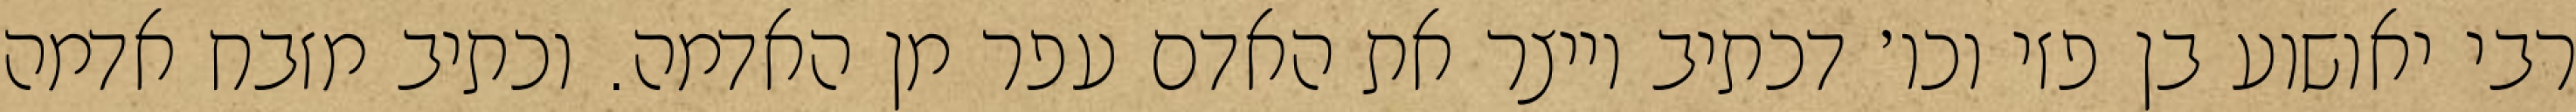
רבי יאושוע בן פזי וכו׳ דכתיב וייצר את האדם עפר מן האדמה. וכתיב מזבח אדמה